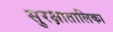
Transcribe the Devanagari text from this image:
सुरक्षातालिका